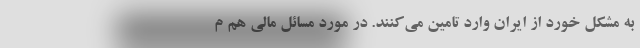
به مشکل خورد از ایران وارد تامین می‌کنند. در مورد مسائل مالی هم م